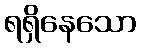
ရရှိနေသော